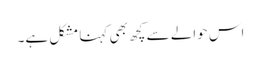
اس حوالے سے کچھ بھی کہنا مشکل ہے۔